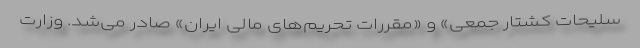
سلیحات کشتار جمعی» و «مقررات تحریم‌های مالی ایران» صادر می‌شد. وزارت